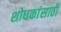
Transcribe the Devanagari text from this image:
शोधकांसाठी